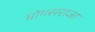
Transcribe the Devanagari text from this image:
घोगसराजा